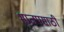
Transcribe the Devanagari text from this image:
भाजपसाठी